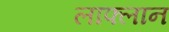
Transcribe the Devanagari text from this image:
लाफ्लान